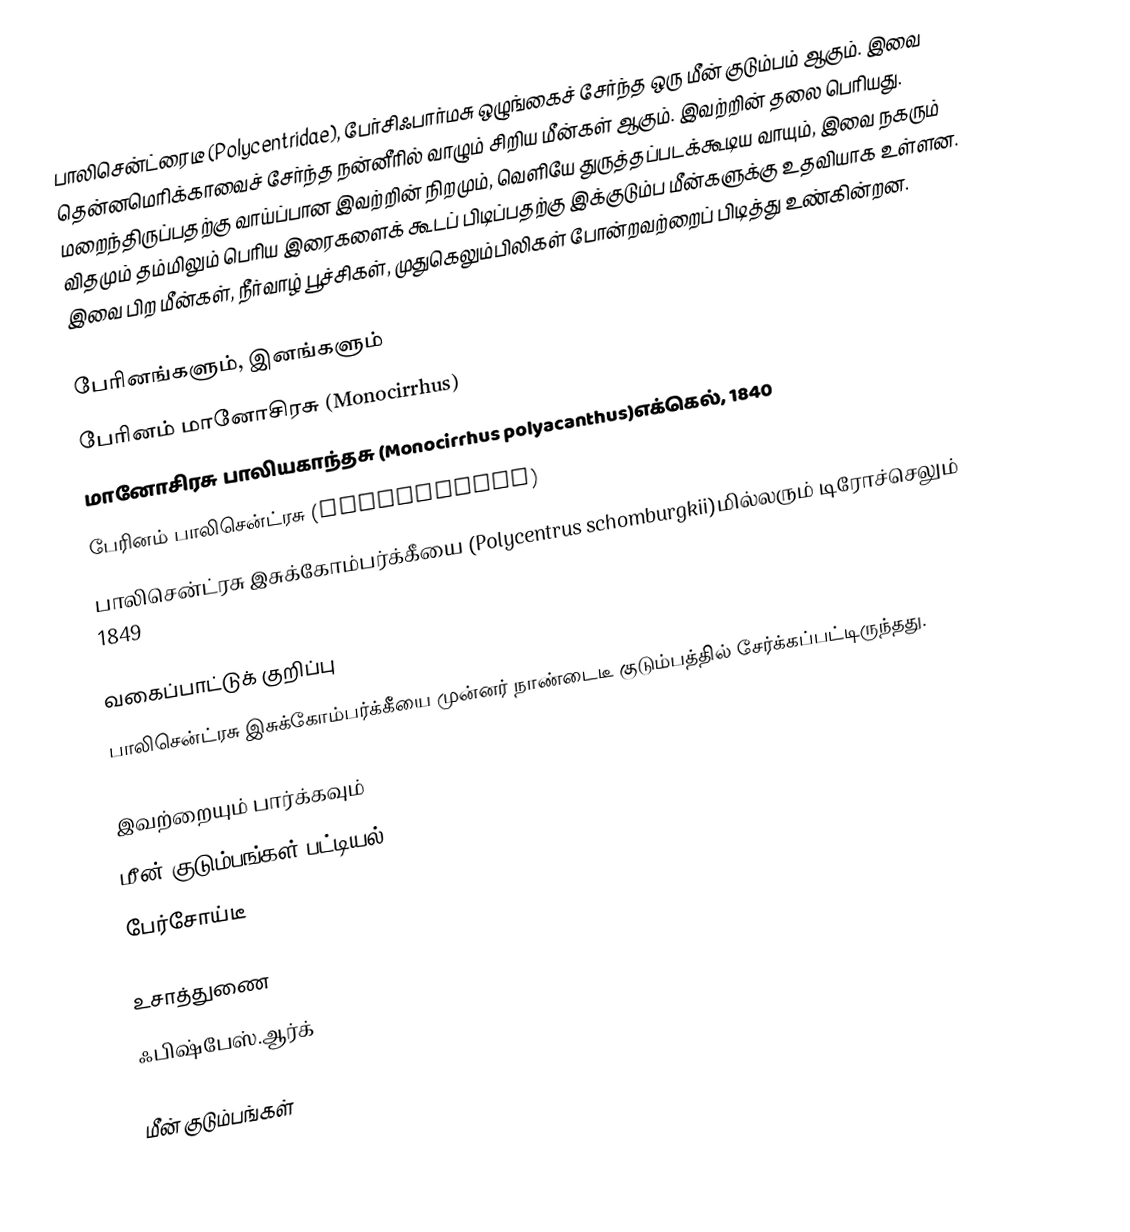
பாலிசென்ட்ரைடீ (Polycentridae), பேர்சிஃபார்மசு ஒழுங்கைச் சேர்ந்த ஒரு மீன் குடும்பம் ஆகும். இவை தென்னமெரிக்காவைச் சேர்ந்த நன்னீரில் வாழும் சிறிய மீன்கள் ஆகும். இவற்றின் தலை பெரியது. மறைந்திருப்பதற்கு வாய்ப்பான இவற்றின் நிறமும், வெளியே துருத்தப்படக்கூடிய வாயும், இவை நகரும் விதமும் தம்மிலும் பெரிய இரைகளைக் கூடப் பிடிப்பதற்கு இக்குடும்ப மீன்களுக்கு உதவியாக உள்ளன. இவை பிற மீன்கள், நீர்வாழ் பூச்சிகள், முதுகெலும்பிலிகள் போன்றவற்றைப் பிடித்து உண்கின்றன.

பேரினங்களும், இனங்களும்
 பேரினம் மானோசிரசு (Monocirrhus)
 மானோசிரசு பாலியகாந்தசு (Monocirrhus polyacanthus)எக்கெல், 1840
 பேரினம் பாலிசென்ட்ரசு (Polycentrus)
 பாலிசென்ட்ரசு இசுக்கோம்பர்க்கீயை (Polycentrus schomburgkii)மில்லரும் டிரோச்செலும் 1849

வகைப்பாட்டுக் குறிப்பு
பாலிசென்ட்ரசு இசுக்கோம்பர்க்கீயை முன்னர் நாண்டைடீ குடும்பத்தில் சேர்க்கப்பட்டிருந்தது.

இவற்றையும் பார்க்கவும்
 மீன் குடும்பங்கள் பட்டியல்
 பேர்சோய்டீ

உசாத்துணை
 ஃபிஷ்பேஸ்.ஆர்க்

மீன் குடும்பங்கள்